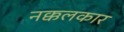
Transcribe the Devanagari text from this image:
नक्कलकार